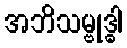
အဘိသမ္ဗုဒ္ဓါ